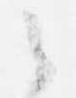
之